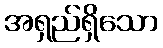
အရှည်ရှိသော